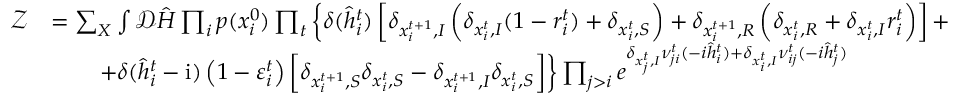
\begin{array} { r l } { \mathcal { Z } } & { = \sum _ { \boldsymbol { X } } \int \mathcal { D } \hat { \boldsymbol { H } } \prod _ { i } p ( x _ { i } ^ { 0 } ) \prod _ { t } \left\{ \delta ( \hat { h } _ { i } ^ { t } ) \left[ \delta _ { x _ { i } ^ { t + 1 } , I } \left( \delta _ { x _ { i } ^ { t } , I } ( 1 - r _ { i } ^ { t } ) + \delta _ { x _ { i } ^ { t } , S } \right) + \delta _ { x _ { i } ^ { t + 1 } , R } \left( \delta _ { x _ { i } ^ { t } , R } + \delta _ { x _ { i } ^ { t } , I } r _ { i } ^ { t } \right) \right] + \right. } \\ & { \qquad \left. + \delta ( \hat { h } _ { i } ^ { t } - \mathrm { i } ) \left( 1 - \varepsilon _ { i } ^ { t } \right) \left[ \delta _ { x _ { i } ^ { t + 1 } , S } \delta _ { x _ { i } ^ { t } , S } - \delta _ { x _ { i } ^ { t + 1 } , I } \delta _ { x _ { i } ^ { t } , S } \right] \right\} \prod _ { j > i } e ^ { \delta _ { x _ { j } ^ { t } , I } \nu _ { j i } ^ { t } ( - i \hat { h } _ { i } ^ { t } ) + \delta _ { x _ { i } ^ { t } , I } \nu _ { i j } ^ { t } ( - i \hat { h } _ { j } ^ { t } ) } } \end{array}